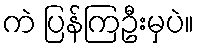
ကဲ ပြန်ကြဦးမှပဲ။